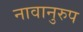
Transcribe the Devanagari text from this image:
नावानुरुप